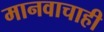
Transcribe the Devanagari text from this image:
मानवाचाही